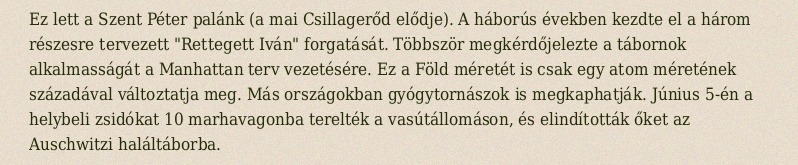
Ez lett a Szent Péter palánk (a mai Csillagerőd elődje). A háborús években kezdte el a három részesre tervezett "Rettegett Iván" forgatását. Többször megkérdőjelezte a tábornok alkalmasságát a Manhattan terv vezetésére. Ez a Föld méretét is csak egy atom méretének századával változtatja meg. Más országokban gyógytornászok is megkaphatják. Június 5-én a helybeli zsidókat 10 marhavagonba terelték a vasútállomáson, és elindították őket az Auschwitzi haláltáborba.